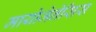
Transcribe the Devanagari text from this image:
मायोजेनेसिस